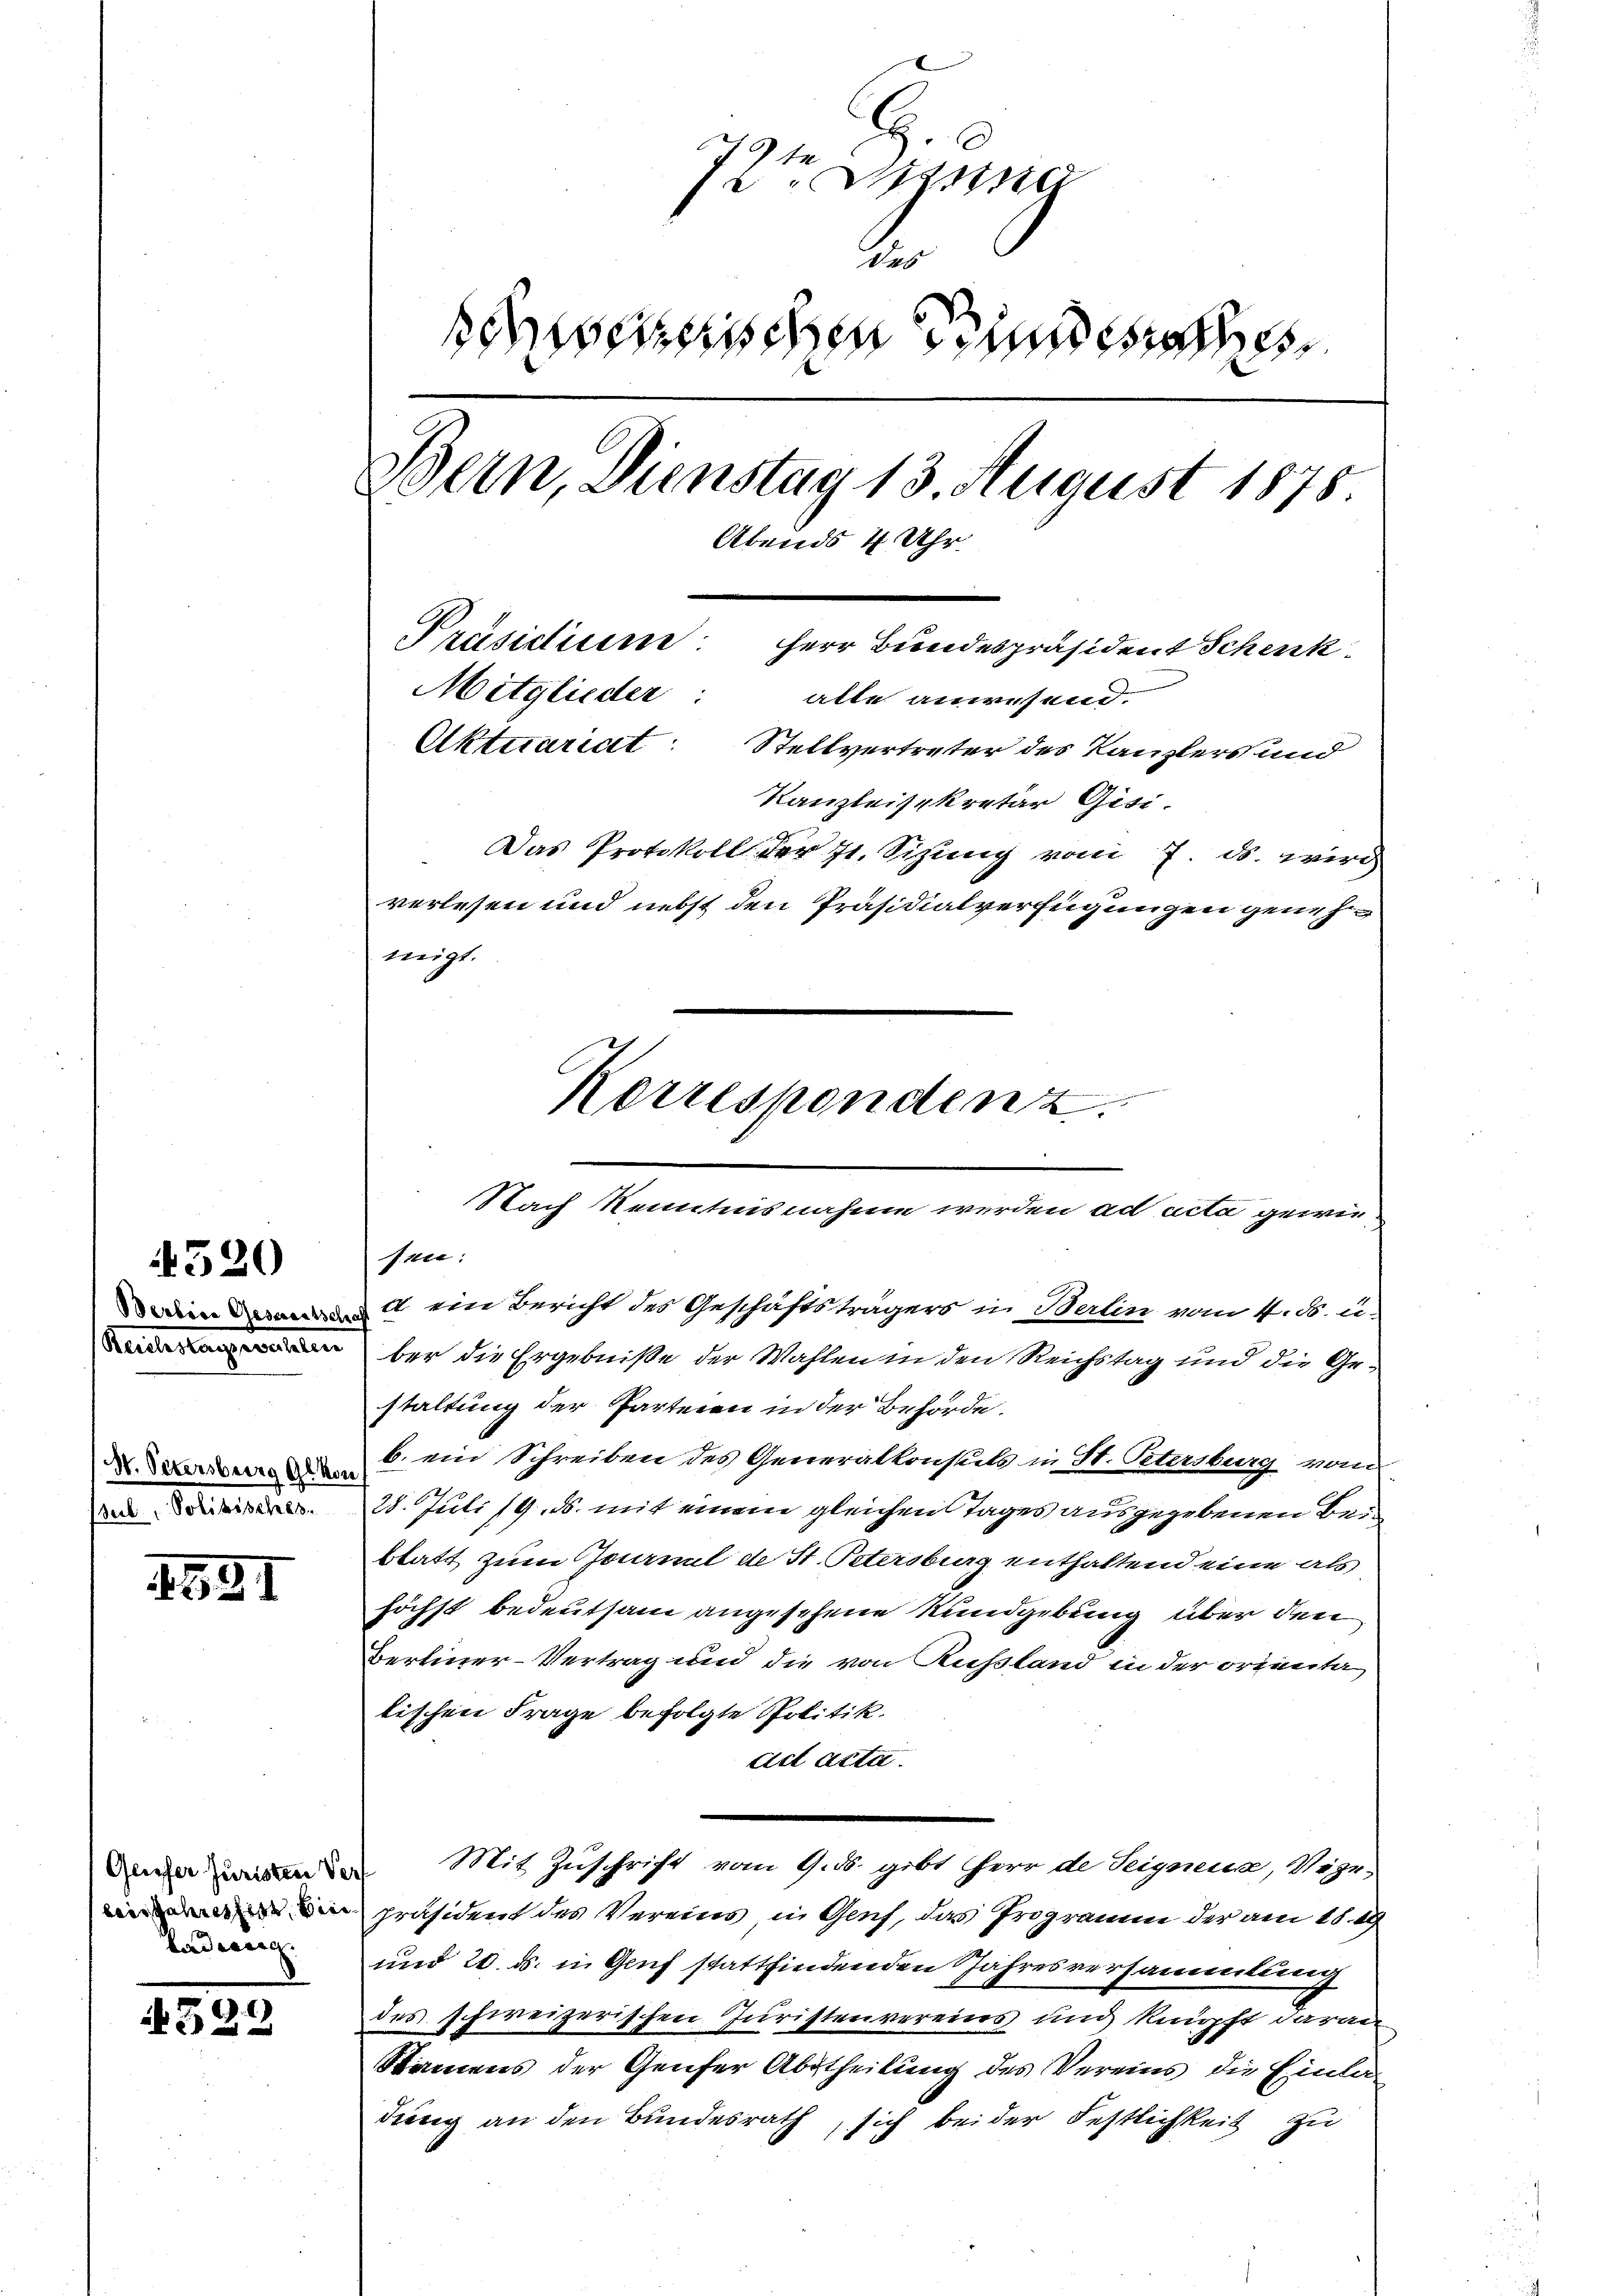
520

Berbene Gesandtsch
Reiterlangenommen
N. Petersburg geko
senden. Solivialienr.

1931

Geister Juristen Ver
lin Jahreszeit, bin
baderer

4329

H. C
e
g
des
sesenschen Bundesan
Bern, Dienstag 13. August 1878
Abends 4 Uhr
Präsidium Herr Bundespräsident Schenk
Mitglieder:
atte anwesend.
Aktuariat
Stellvertreter des Kanzlers und
Kanzleisekretär Gisi-

Das Protokoll der J. Sitzung vom 7. ds. wird
verlesen und nebst den Präsidialverfügungen genehd ein Bericht des Geschäftsträgers in Berlin vom 4. ds. u
ber die Ergebniße der Wahlen in den Reichstag und die Gestaltung der Parteien in der Behörde.
b. ein Schreiben des Generalkonsuls in St. Petersburg vom
28. Juli 19. ds. mit einem gleichen Tages ausgegebenen Beblatt zum Journal de St. Petersburg enthaltend eine als
höchst bedeutsam angesehene Rundgebung über den
Bertiner-Vertrag und die von Russland in der orienta
tischen Frage befolgte Politik.
ad acta.
Mit Zuschrift vom 9. ds. gibt Herr de Teignena, Vize-
präsident des Vereins in Genf, das Programm der am 18. 29
und 20. ds. in Genf stattfindenden Jahresversammlung
des schweizerischen Juristenvereins und knüpft daran
Namens der Genfer Abtheilung des Vereins die Einladung an den Bundesrath, sich bei der Festlichkeit zu

migt.

hagen
Korrespenden z
Nach Kenntnisnahme werden ad acta gewie
fen: